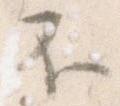
不